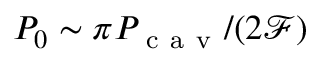
P _ { 0 } \sim \pi P _ { \mathrm { ~ c ~ a ~ v ~ } } / ( 2 \mathcal { F } )